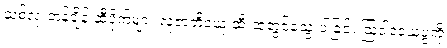
သစ်လုံးတန်ချိန် ဆီပိုက်များ လူ့ဇာတိခံယူ ဆီးထဲတွင်သွေးပါခြင်း ဩဝါဒခံယူပွဲကို